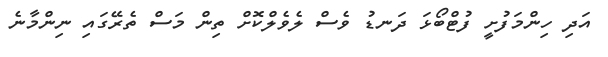
އަދި ހިންމަފުށީ ފުޓްބޯޅަ ދަނޑު ވެސް ލެވެލްކޮށް ތިން މަސް ތެރޭގައި ނިންމާނެ